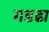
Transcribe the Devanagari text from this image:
गडढा